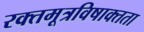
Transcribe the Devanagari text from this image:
रक्तमूत्रविषाक्तता